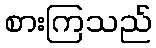
စားကြသည်